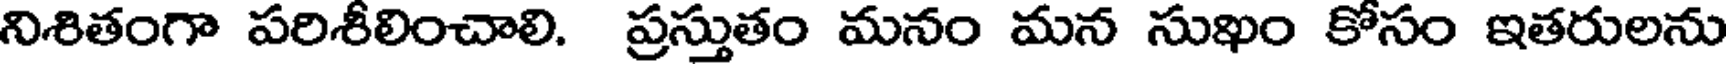
నిశితంగా పరిశీలించాలి. ప్రస్తుతం మనం మన సుఖం కోసం ఇతరులను